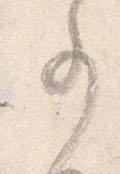
事